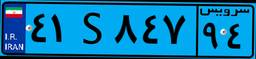
۸۴S۴۰۴۱۱